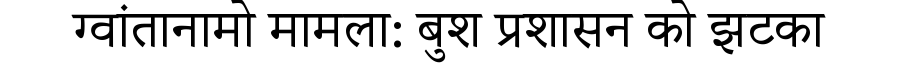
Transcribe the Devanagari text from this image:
ग्वांतानामो मामला: बुश प्रशासन को झटका